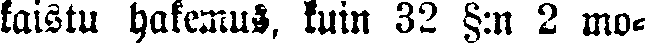
kaistu hakemus, kuin 32 §:n 2 mo-